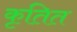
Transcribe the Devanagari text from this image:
कृतित